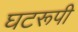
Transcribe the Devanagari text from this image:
घटरूपी